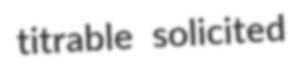
titrable solicited